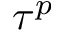
\tau ^ { p }